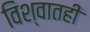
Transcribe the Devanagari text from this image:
विश्वातही